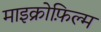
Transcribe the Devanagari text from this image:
माइक्रोफ़िल्म